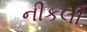
નીકલી